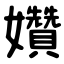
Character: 㜺